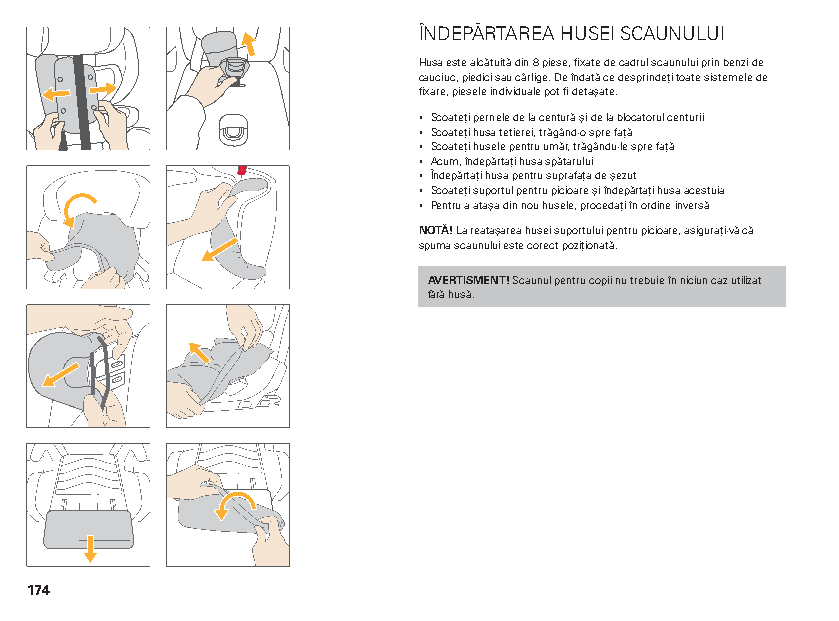
ÎNDEPĂRTAREA HUSEI SCAUNULUI
 Husa este alcătuită din 8 piese, fixate de cadrul scaunului prin benzi de
 cauciuc, piedici sau cârlige. De îndată ce desprindeți toate sistemele de
 fixare, piesele individuale pot fi detașate.
 ▪ Scoateți pernele de la centură și de la blocatorul centurii
 ▪ Scoateți husa tetierei, trăgând-o spre față
 ▪ Scoateți husele pentru umăr, trăgându-le spre față
 ▪ Acum, îndepărtați husa spătarului
 ▪ Îndepărtați husa pentru suprafața de șezut
 ▪ Scoateți suportul pentru picioare și îndepărtați husa acestuia
 ▪ Pentru a atașa din nou husele, procedați în ordine inversă
 NOTĂ! La reatașarea husei suportului pentru picioare, asigurați-vă că
 spuma scaunului este corect poziționată.
 AVERTISMENT! Scaunul pentru copii nu trebuie în niciun caz utilizat
 fără husă.
 174